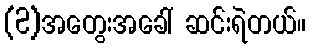
(2)အတွေးအခေါ် ဆင်းရဲတယ်။